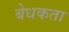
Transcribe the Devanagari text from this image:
बेधकता